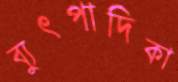
ব্যুৎপাদিকা